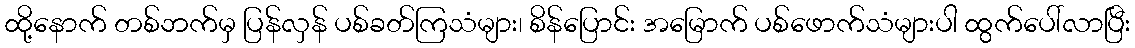
ထို့နောက် တစ်ဘက်မှ ပြန်လှန် ပစ်ခတ်ကြသံများ၊ စိန်ပြောင်း အမြောက် ပစ်ဖောက်သံများပါ ထွက်ပေါ်လာပြီး